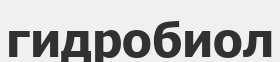
гидробиол